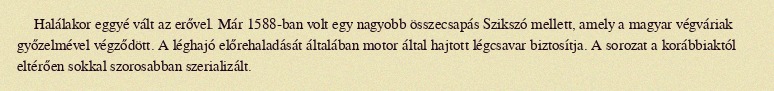
Halálakor eggyé vált az erővel. Már 1588-ban volt egy nagyobb összecsapás Szikszó mellett, amely a magyar végváriak győzelmével végződött. A léghajó előrehaladását általában motor által hajtott légcsavar biztosítja. A sorozat a korábbiaktól eltérően sokkal szorosabban szerializált.